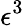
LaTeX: \epsilon^{3}